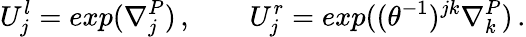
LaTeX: U_{j}^{l}=exp(\nabla_{j}^{P})\, ,\qquad U_{j}^{r}=exp((\theta^{-1})^{jk}\nabla_{k}^{P})\, .